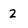
Character: 2